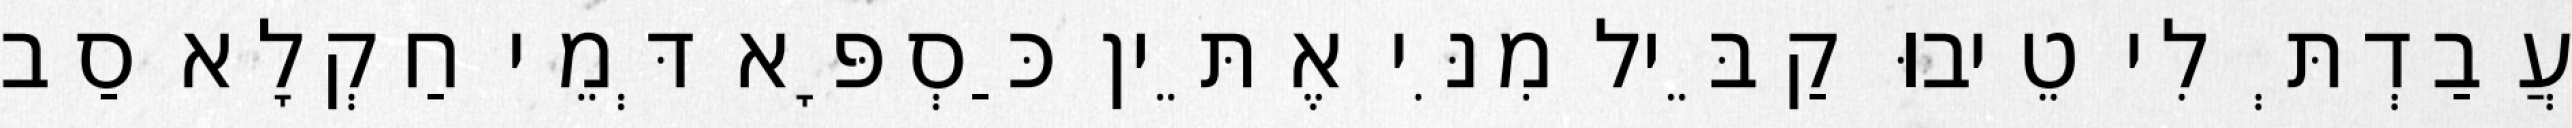
עֲבַדְתְּ לִי טֵיבוּ קַבֵּיל מִנִּי אֶתֵּין כַּסְפָּא דְּמֵי חַקְלָא סַב